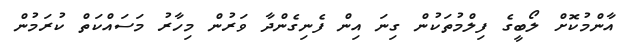
އާންމުކޮށް ލޯބީގެ ފިލްމުތަކުން ގިނަ އިން ފެނިގެންދާ ވަރުން މިހާރު މަސައްކަތް ކުރަމުން